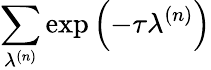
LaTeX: \sum_{\lambda^{\left(n\right)}}\exp\left(-\tau\lambda^{\left(n\right)}\right)